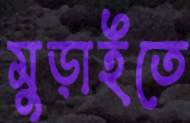
মুড়াইতে